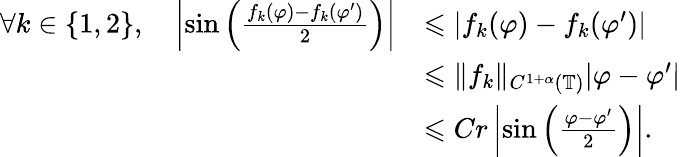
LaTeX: \begin{array}{rl}{\forall k\in\{ 1,2\} ,\quad\left|\sin\left(\frac{f_{k}(\varphi)-f_{k}(\varphi^{\prime})}{2}\right)\right|}&{\leqslant|f_{k}(\varphi)-f_{k}(\varphi^{\prime})|}\\ &{\leqslant\| f_{k}\| _{C^{1+\alpha}(\mathbb{T})}|\varphi-\varphi^{\prime}|}\\ &{\leqslant Cr\left|\sin\left(\frac{\varphi-\varphi^{\prime}}{2}\right)\right|.}\end{array}